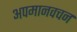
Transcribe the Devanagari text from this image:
अपमानवचन